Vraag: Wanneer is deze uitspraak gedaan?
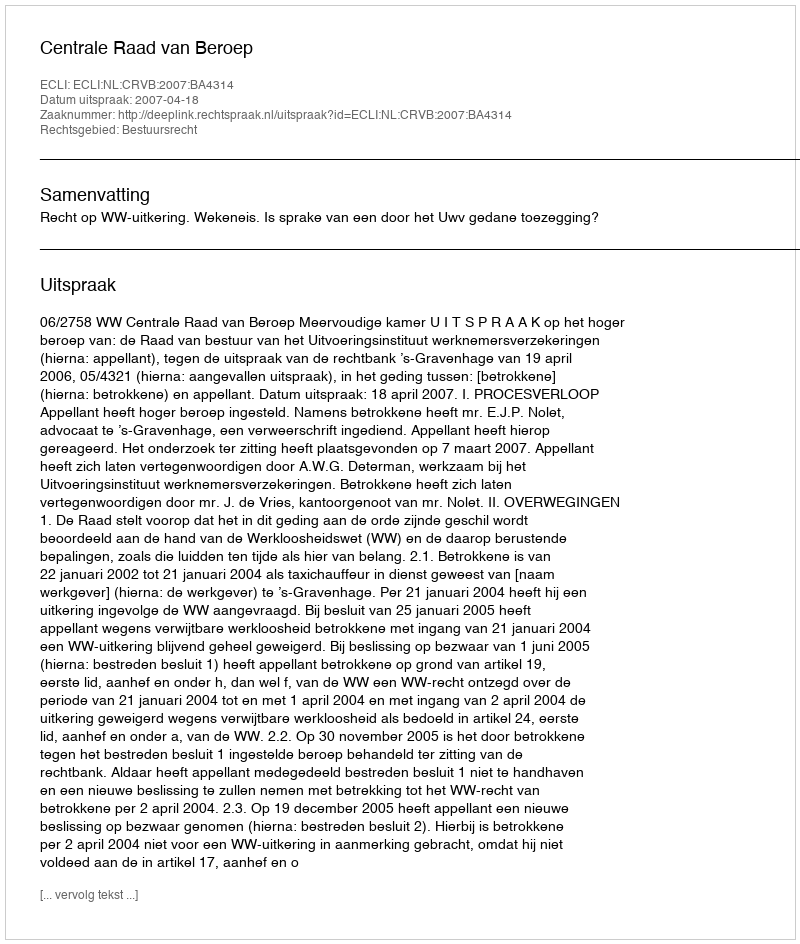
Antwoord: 2007-04-18